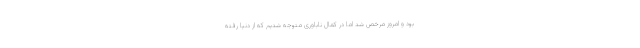
بود و امروز مرخص شد اما در کمال ناباوری متوجه شدیم که از دنیا رفته